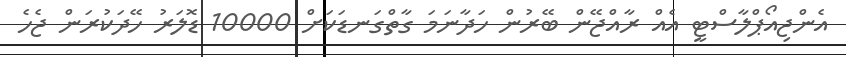
އެންޖިއޯޕްލާސްޓީ އެއް ރާއްޖޭން ބޭރުން ހަދާނަމަ ގާތްގަނޑަކަށް 10000 ޑޮލަރު ހޭދަކުރަން ޖެހެ